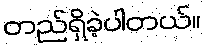
တည်ရှိခဲ့ပါတယ်။